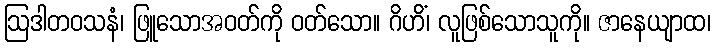
ဩဒါတဝသနံ၊ ဖြူသောအဝတ်ကို ဝတ်သော။ ဂိဟိံ၊ လူဖြစ်သောသူကို။ ဇာနေယျာထ၊